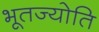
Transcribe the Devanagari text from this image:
भूतज्योति